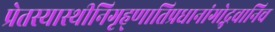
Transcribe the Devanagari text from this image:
प्रेतस्यास्थीनिगृह्णातिप्रधानांगोद्भवानिच